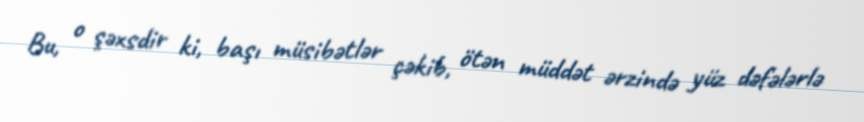
Bu, o şəxsdir ki, başı müsibətlər çəkib, ötən müddət ərzində yüz dəfələrlə